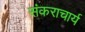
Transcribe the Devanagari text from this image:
संकराचार्य